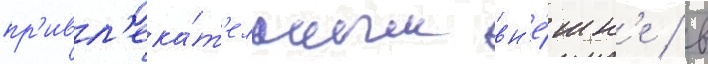
пр'ивл'ека́т'ельным вн'е́шн'е / в